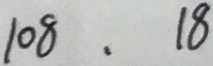
1 0 8 . 1 8